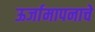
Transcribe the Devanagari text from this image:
ऊर्जामापनाचे